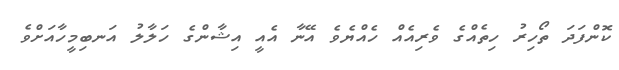
ކޮންފަދަ ތޯހިރު ހިތެއްގެ ވެރިއެއް ހެއްޔެވެ އޭނާ އެއީ އިޝާންގެ ހަލާލު އަނބިމީހާއަށްވެ